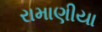
રામાણીયા